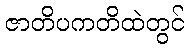
ဇာတိပကတိထဲတွင်